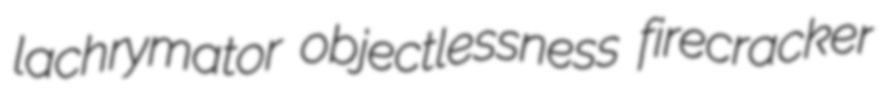
lachrymator objectlessness firecracker